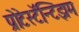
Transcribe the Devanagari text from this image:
प्रोटेस्टॅन्टिझम